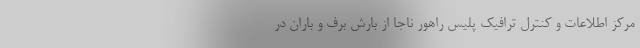
مرکز اطلاعات و کنترل ترافیک پلیس راهور ناجا از بارش برف و باران در